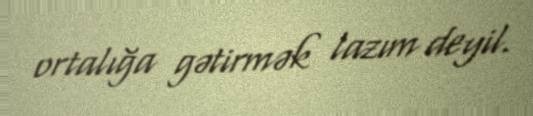
ortalığa gətirmək lazım deyil.